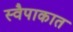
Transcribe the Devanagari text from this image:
स्वैपाकात